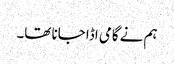
ہم نے گامی اڈا جانا تھا۔